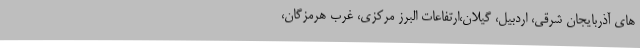
های آذربایجان شرقی، اردبیل، گیلان،ارتفاعات البرز مرکزی، غرب هرمزگان،